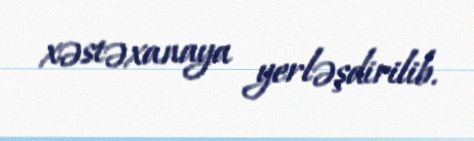
xəstəxanaya yerləşdirilib.